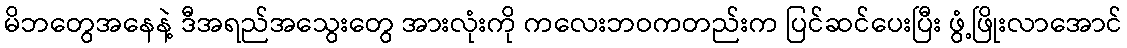
မိဘတွေအနေနဲ့ ဒီအရည်အသွေးတွေ အားလုံးကို ကလေးဘဝကတည်းက ပြင်ဆင်ပေးပြီး ဖွံ့ဖြိုးလာအောင်